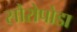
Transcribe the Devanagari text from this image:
सौरोपोडा